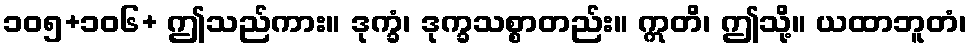
၁၀၅+၁၀၆+ ဤသည်ကား။ ဒုက္ခံ၊ ဒုက္ခသစ္စာတည်း။ ဣတိ၊ ဤသို့။ ယထာဘူတံ၊